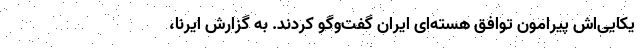
یکایی‌اش پیرامون توافق هسته‌ای ایران گفت‌وگو کردند. به گزارش ایرنا،